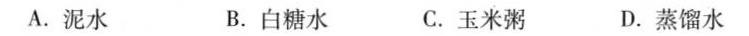
A.泥水 B.白糖水 C.玉米粥 D.蒸馏水